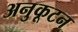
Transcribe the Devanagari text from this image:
अनुकूटन